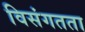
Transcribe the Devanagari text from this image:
विसंगतता